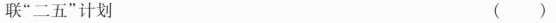
联”二五”计划 ( )